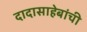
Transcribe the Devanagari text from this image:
दादासाहेबांची